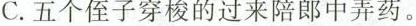
C.五个侄子穿梭的过来陪郎中弄药。